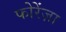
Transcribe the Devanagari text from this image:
फोरेंज़ा